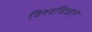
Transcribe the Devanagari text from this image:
विश्वविजेते